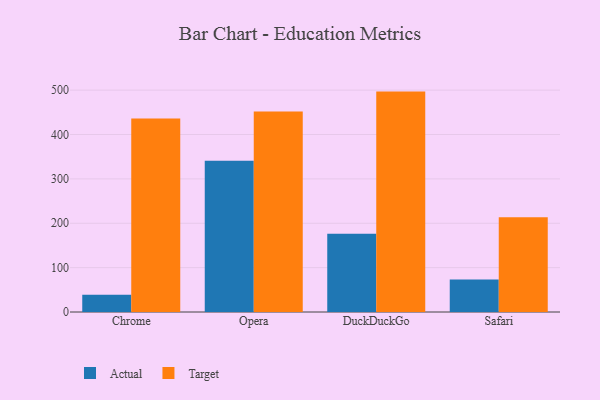
{"axis": {"x": "Browser", "y": "Energy Usage (MWh)"}, "legend": ["Actual", "Target"], "data": [{"x": "Chrome", "y": 38.6, "type": "Actual"}, {"x": "Chrome", "y": 435.8, "type": "Target"}, {"x": "Opera", "y": 341.0, "type": "Actual"}, {"x": "Opera", "y": 452.0, "type": "Target"}, {"x": "DuckDuckGo", "y": 176.2, "type": "Actual"}, {"x": "DuckDuckGo", "y": 496.7, "type": "Target"}, {"x": "Safari", "y": 73.1, "type": "Actual"}, {"x": "Safari", "y": 213.8, "type": "Target"}]}